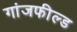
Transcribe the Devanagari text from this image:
गांजफील्ड